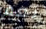
نعم